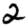
Digit: 2